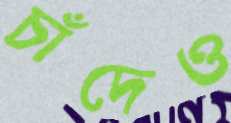
চাঁদেও